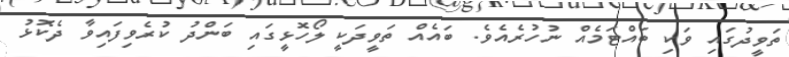
ތަވީދުގައި ވަކި ބައްޓަމެއް ނުހުރެއެވެ. ބައެއް ތަވީދަކީ ލޯހޮޅީގައި ބަންދު ކުރެވިފައިވާ ދެކޮޅު